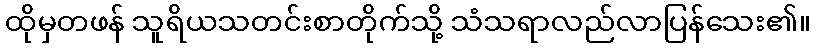
ထိုမှတဖန် သူရိယသတင်းစာတိုက်သို့ သံသရာလည်လာပြန်သေး၏။